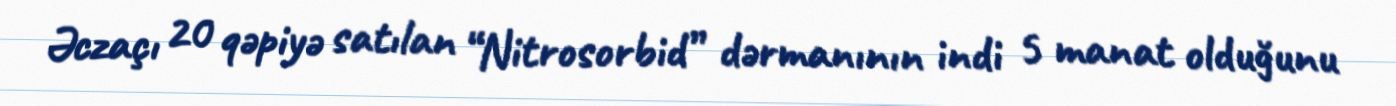
Əczaçı 20 qəpiyə satılan “Nitrosorbid” dərmanının indi 5 manat olduğunu